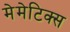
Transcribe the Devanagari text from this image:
मेमेटिक्स